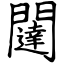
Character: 闥